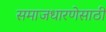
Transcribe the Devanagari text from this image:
समाजधारणेसाठी